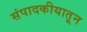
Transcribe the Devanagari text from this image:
संपादकीयातून